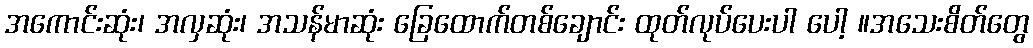
အကောင်းဆုံး၊ အလှဆုံး၊ အသန်မာဆုံး ခြေထောက်တစ်ချောင်း ထုတ်လုပ်ပေးပါ ပေါ့ ။အသေးစိတ်တွေ